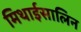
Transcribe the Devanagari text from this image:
मिथाईसालिन